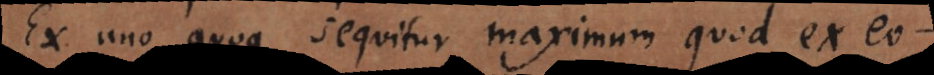
Ex uno quoque sequitur maximum quod ex eo